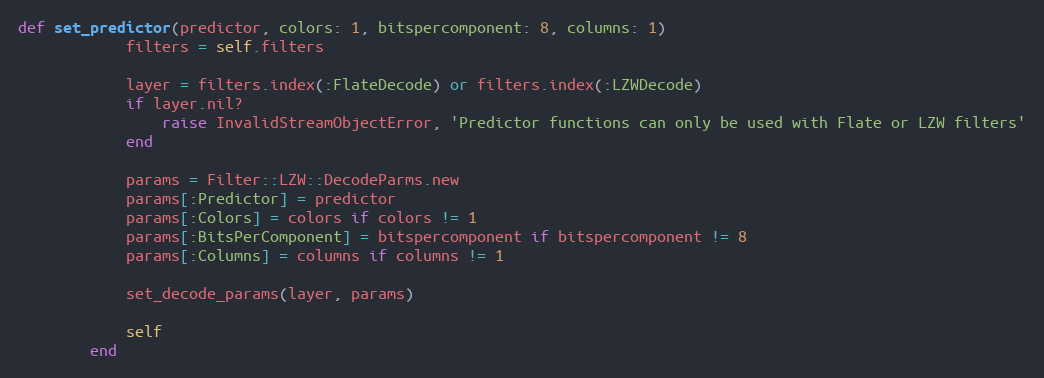
Language: Ruby
def set_predictor(predictor, colors: 1, bitspercomponent: 8, columns: 1)
            filters = self.filters

            layer = filters.index(:FlateDecode) or filters.index(:LZWDecode)
            if layer.nil?
                raise InvalidStreamObjectError, 'Predictor functions can only be used with Flate or LZW filters'
            end

            params = Filter::LZW::DecodeParms.new
            params[:Predictor] = predictor
            params[:Colors] = colors if colors != 1
            params[:BitsPerComponent] = bitspercomponent if bitspercomponent != 8
            params[:Columns] = columns if columns != 1

            set_decode_params(layer, params)

            self
        end